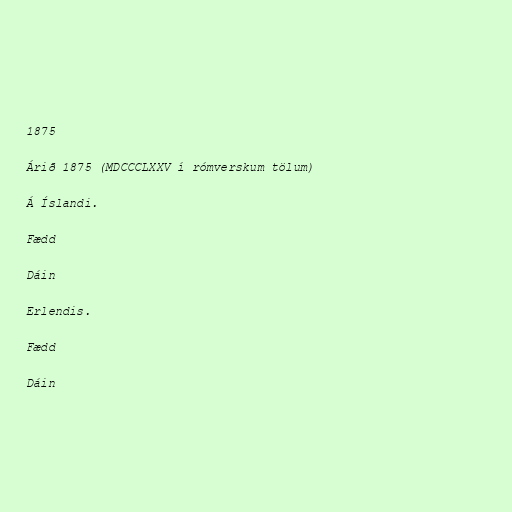
1875

Árið 1875 (MDCCCLXXV í rómverskum tölum)

Á Íslandi.

Fædd

Dáin

Erlendis.

Fædd

Dáin